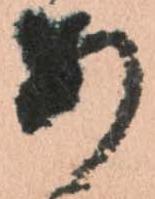
あ